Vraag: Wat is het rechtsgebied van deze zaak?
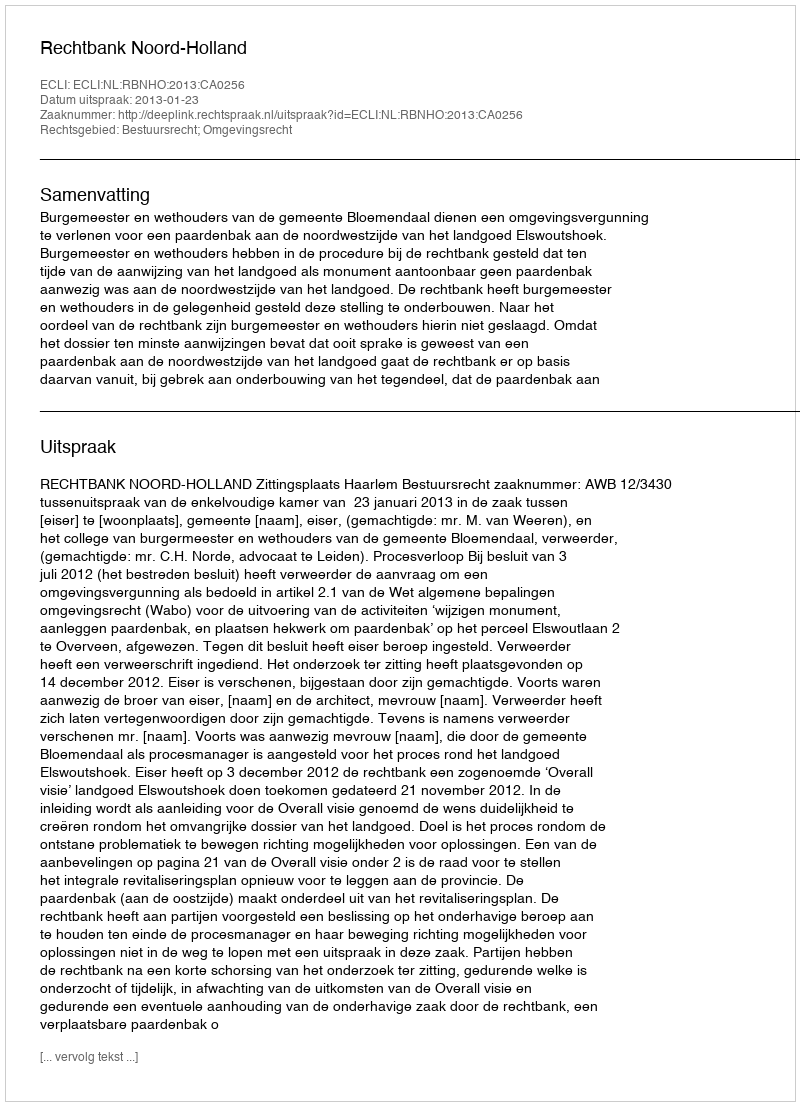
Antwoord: Bestuursrecht; Omgevingsrecht